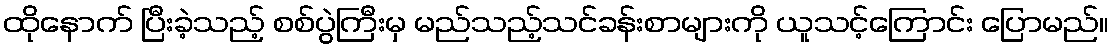
ထိုနောက် ပြီးခဲ့သည့် စစ်ပွဲကြီးမှ မည်သည့်သင်ခန်းစာများကို ယူသင့်ကြောင်း ပြောမည်။